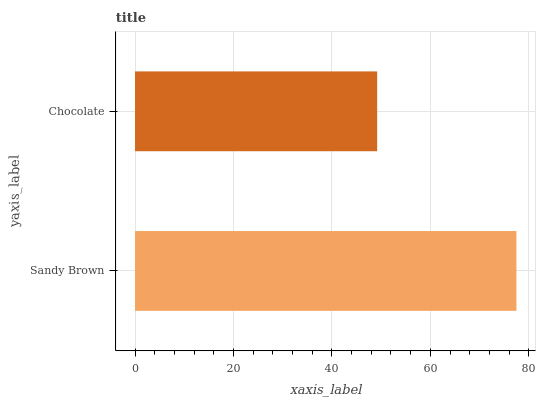
| yaxis_label | bars |
 | --- | --- |
 | Sandy Brown | 77.5 |
 | Chocolate | 49.2 |